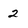
Character: 2